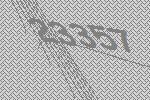
23357